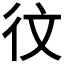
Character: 𪫋